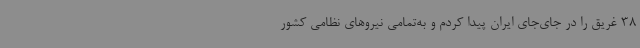
38 غریق را در جای‌جای ایران پیدا کردم و به‌تمامی نیروهای نظامی کشور